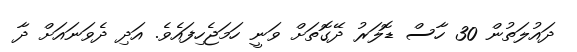
ދައުލަތުން 30 ހާސް ޑޮލަރު ދޭގޮތަށް ވަނީ ހަމަޖެހިފައެވެ. އަދި ދެވަނައަށް ދާ